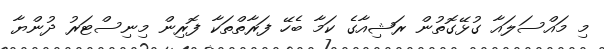
މި މައްސަލައާ ގުޅޭގޮތުން ރަޝިއާގެ ކަމާ ބެހޭ ފަރާތްތަކާ ފޮރިން މިނިސްޓަރު ދުންޔާ